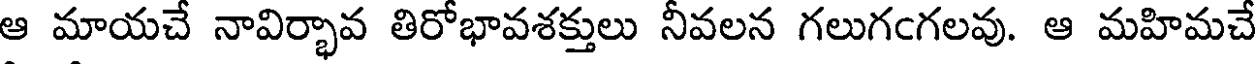
ఆ మాయచే నావిర్భావ తిరోభావశక్తులు నీవలన గలుగఁగలవు. ఆ మహిమచే